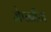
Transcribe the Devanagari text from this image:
जेपनीज